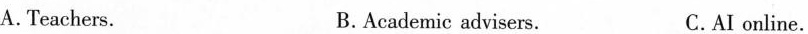
A.Teachers. B. Academic advisers. C.AI online.